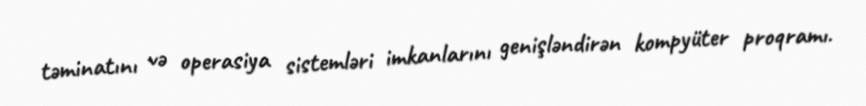
təminatını və operasiya sistemləri imkanlarını genişləndirən kompyüter proqramı.